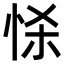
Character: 𢘹